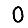
Digit: 0